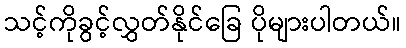
သင့်ကိုခွင့်လွှတ်နိုင်ခြေ ပိုများပါတယ်။